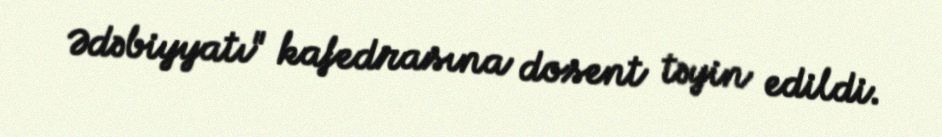
Ədəbiyyatı" kafedrasına dosent təyin edildi.